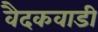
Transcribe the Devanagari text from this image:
वैदकवाडी